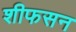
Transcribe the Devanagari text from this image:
शीफसन